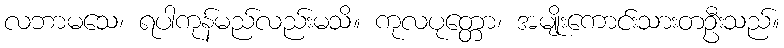
လဘာမသေ၊ ရပါကုန်မည်လည်းမသိ။ ကုလပုတ္တော၊ အမျိုးကောင်းသားတဦးသည်။